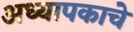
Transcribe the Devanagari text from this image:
अध्यापकाचे